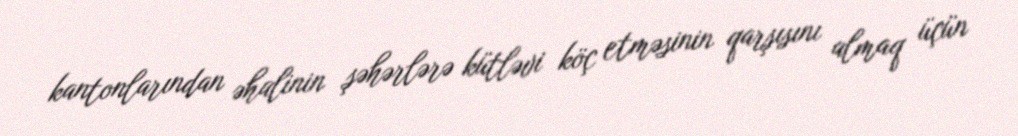
kantonlarından əhalinin şəhərlərə kütləvi köç etməsinin qarşısını almaq üçün